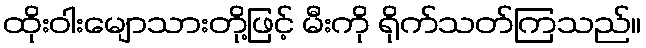
ထိုးဝါးမျောသားတို့ဖြင့် မီးကို ရိုက်သတ်ကြသည်။